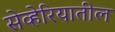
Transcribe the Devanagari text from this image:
सेव्हेरियातील